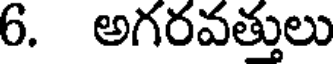
6. అగరవత్తులు